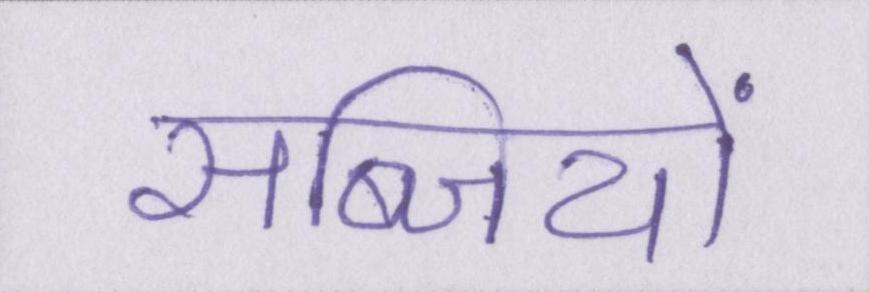
सब्जियों